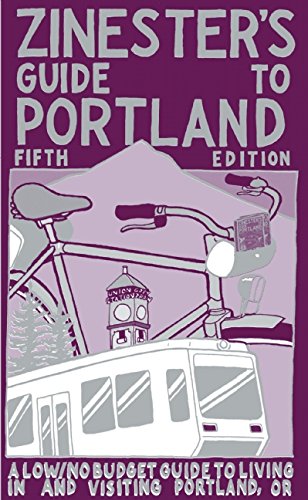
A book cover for Zinester's Guide to Portland: A Low/No Budget Guide to Living In and Visiting Portland, OR (People's Guide); Nate Beaty; Travel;